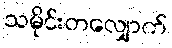
သမိုင်းတလျှောက်